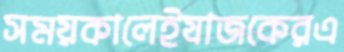
সময়কালেইযাজকেরএ